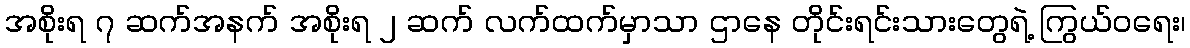
အစိုးရ ၇ ဆက်အနက် အစိုးရ ၂ ဆက် လက်ထက်မှာသာ ဌာနေ တိုင်းရင်းသားတွေရဲ့ ကြွယ်ဝရေး၊